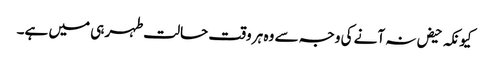
کیونکہ حیض نہ آنے کی وجہ سے وہ ہر وقت حالت طہر ہی میں ہے۔